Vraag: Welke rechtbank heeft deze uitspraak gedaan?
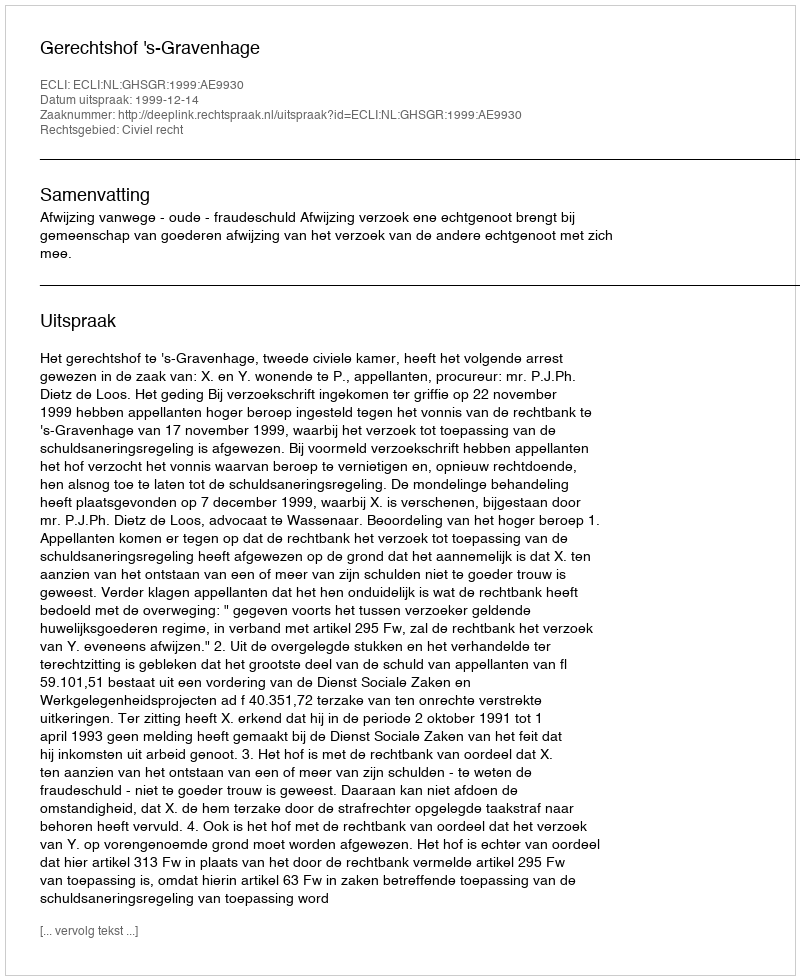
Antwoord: Gerechtshof 's-Gravenhage